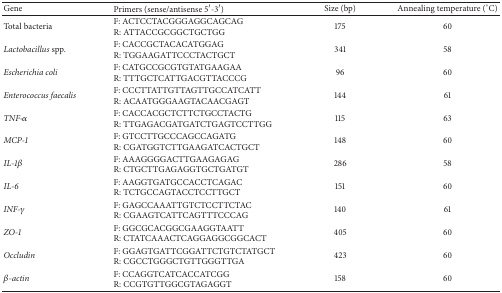
<table><thead><tr><td><b>Gene</b></td><td><b>Primers (sense/antisense 5′-3′)</b></td><td><b>Size (bp)</b></td><td><b>Annealing temperature (°C)</b></td></tr></thead><tbody><tr><td>Total bacteria</td><td>F: ACTCCTACGGGAGGCAGCAGR: ATTACCGCGGCTGCTGG</td><td>175</td><td>60</td></tr><tr><td><i>Lactobacillus</i> spp.</td><td>F: CACCGCTACACATGGAGR: TGGAAGATTCCCTACTGCT</td><td>341</td><td>58</td></tr><tr><td><i>Escherichia coli</i></td><td>F: CATGCCGCGTGTATGAAGAAR: TTTGCTCATTGACGTTACCCG</td><td>96</td><td>60</td></tr><tr><td><i>Enterococcus faecalis</i></td><td>F: CCCTTATTGTTAGTTGCCATCATTR: ACAATGGGAAGTACAACGAGT</td><td>144</td><td>61</td></tr><tr><td><i>TNF-α</i></td><td>F: CACCACGCTCTTCTGCCTACTGR: TTGAGACGATGATCTGAGTCCTTGG</td><td>115</td><td>63</td></tr><tr><td><i>MCP-1</i></td><td>F: GTCCTTGCCCAGCCAGATGR: CGATGGTCTTGAAGATCACTGCT</td><td>148</td><td>60</td></tr><tr><td><i>IL-1β</i></td><td>F: AAAGGGGACTTGAAGAGAGR: CTGCTTGAGAGGTGCTGATGT</td><td>286</td><td>58</td></tr><tr><td><i>IL-6</i></td><td>F: AAGGTGATGCCACCTCAGACR: TCTGCCAGTACCTCCTTGCT</td><td>151</td><td>60</td></tr><tr><td><i>INF-γ</i></td><td>F: GAGCCAAATTGTCTCCTTCTACR: CGAAGTCATTCAGTTTCCCAG</td><td>140</td><td>61</td></tr><tr><td><i>ZO-1</i></td><td>F: GGCGCACGGCGAAGGTAATTR: CTATCAAACTCAGGAGGCGGCACT</td><td>405</td><td>60</td></tr><tr><td><i>Occludin</i></td><td>F: GGAGTGATTCGGATTCTGTCTATGCTR: CGCCTGGGCTGTTGGGTTGA</td><td>423</td><td>60</td></tr><tr><td><i>β-actin</i></td><td>F: CCAGGTCATCACCATCGGR: CCGTGTTGGCGTAGAGGT</td><td>158</td><td>60</td></tr></tbody></table>